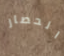
الحصار